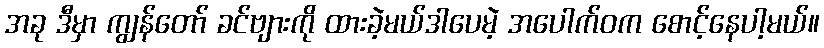
အခု ဒီမှာ ကျွန်တော် ခင်ဗျားကို ထားခဲ့မယ်ဒါပေမဲ့ အပေါက်ဝက စောင့်နေပါ့မယ်။